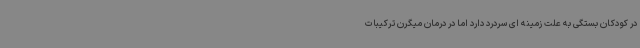
در کودکان بستگی به علت زمینه ای سردرد دارد اما در درمان میگرن ترکیبات